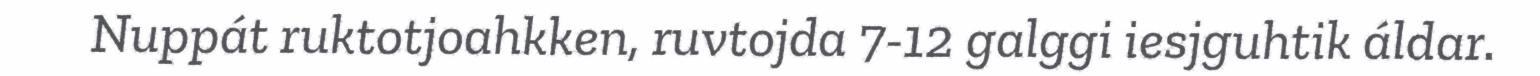
Nuppát ruktotjoahkken, ruvtojda 7-12 galggi iesjguhtik áldar.